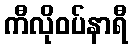
ကီလိုဝပ်နာရီ